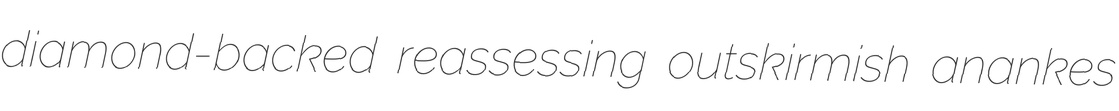
diamond-backed reassessing outskirmish anankes